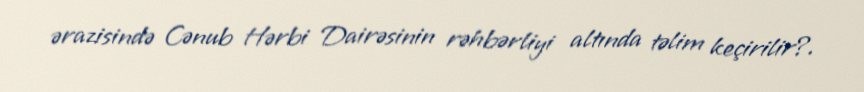
ərazisində Cənub Hərbi Dairəsinin rəhbərliyi altında təlim keçirilir?.